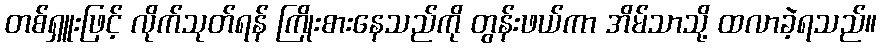
တစ်ရှူးဖြင့် လိုက်သုတ်ရန် ကြိုးစားနေသည်ကို တွန်းဖယ်ကာ အိမ်သာသို့ ထလာခဲ့ရသည်။